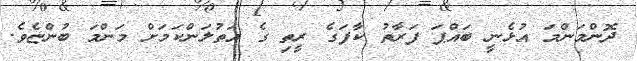
ދޮންމަންމަ އުޅެނީ ބައްޕަ ފަރާތު ކާފަގެ ރީތި ގެ އަތުލަންކަމަށް މަންމަ ބުންޏެވެ.